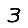
Digit: 3